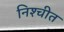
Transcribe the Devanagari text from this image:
निश्‍चीत